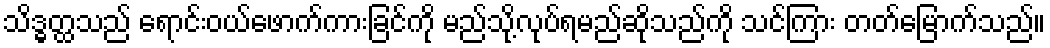
သိဒ္ဓတ္ထသည် ရောင်းဝယ်ဖောက်ကားခြင်ကို မည်သို့လုပ်ရမည်ဆိုသည်ကို သင်ကြား တတ်မြောက်သည်။